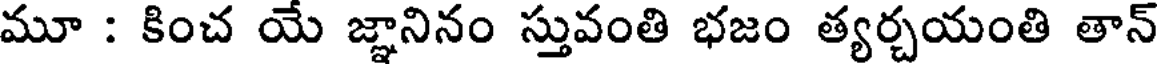
మూ : కించ యే జ్ఞానినం స్తువంతి భజం త్యర్చయంతి తాన్